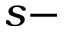
s -